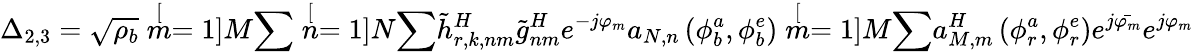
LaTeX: \Delta_{2,3}=\sqrt{\rho_{b}}\stackrel[m=1]{M}{\sum}\stackrel[n=1]{N}{\sum}\tilde{h}_{r,k,nm}^{H}\tilde{g}_{nm}^{H}e^{-j\varphi_{m}}a_{N,n}\left(\phi_{b}^{a},\phi_{b}^{e}\right)\stackrel[m=1]{M}{\sum}a_{M,m}^{H}\left(\phi_{r}^{a},\phi_{r}^{e}\right)e^{j\bar{\varphi_{m}}}e^{j\varphi_{m}}